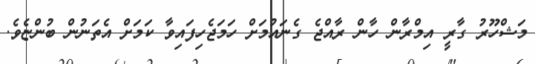
މަޝްހޫރު ގާރީ އިމްރާން ހާން ރާއްޖެ ގެނައުމަށް ހަމަޖެހިފައިވާ ކަމަށް އެތަނުން ބުންޏެވެ.